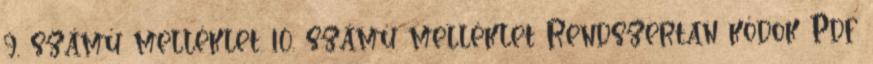
9. számú melléklet 10. számú melléklet Rendszertan kódok Pdf